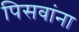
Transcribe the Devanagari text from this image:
पिसवांना